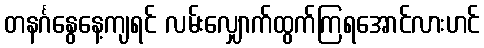
တနင်္ဂနွေနေ့ကျရင် လမ်းလျှောက်ထွက်ကြရအောင်လားဟင်